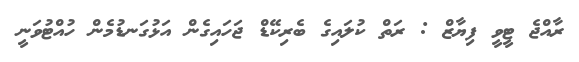
ރާއްޖެ ޓީވީ ފިޔާޒް : ރަތް ކުލައިގެ ބެރިކޭޑް ޖަހައިގެން އަޅުގަނޑުމެން ހުއްޓުވަނީ